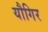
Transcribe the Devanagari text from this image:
यौगिर